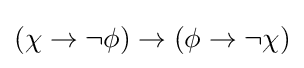
(\chi \to \neg \phi )\to (\phi \to \neg \chi )